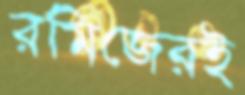
রমিজেরই